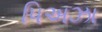
પિઅઝા